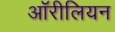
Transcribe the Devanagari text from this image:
ऑरीलियन